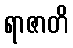
ရာဇာတိ